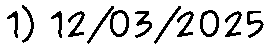
1) 12/03/2025